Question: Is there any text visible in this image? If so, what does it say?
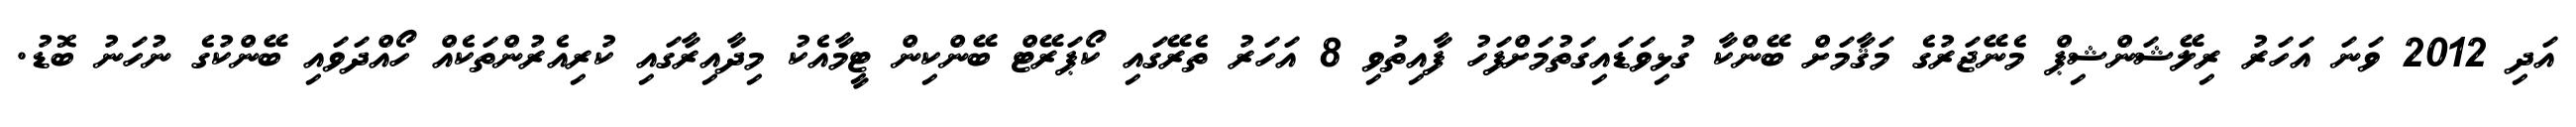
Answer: އަދި 2012 ވަނަ އަހަރު ރިލޭޝަންޝިޕް މެނޭޖަރުގެ މަޤާމަށް ބޭންކާ ގުޅިވަޑައިގަތުމަށްފަހު ފާއިތުވި 8 އަހަރު ތެރޭގައި ކޯޕަރޭޓް ބޭންކިން ޓީމާއެކު މިދާއިރާގައި ކުރިއެރުންތަކެއް ހޯއްދަވައި ބޭންކުގެ ނުހަނު ބޮޑު.